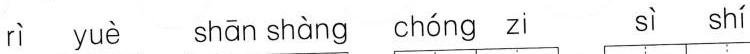
rì yuè shān shàng chóng zi sì shí